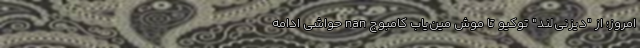
امروز؛ از "دیزنی‌لند" توکیو تا موش مین‌یاب کامبوج nan حواشی ادامه